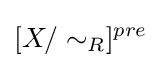
[X/\sim _{R}]^{pre}